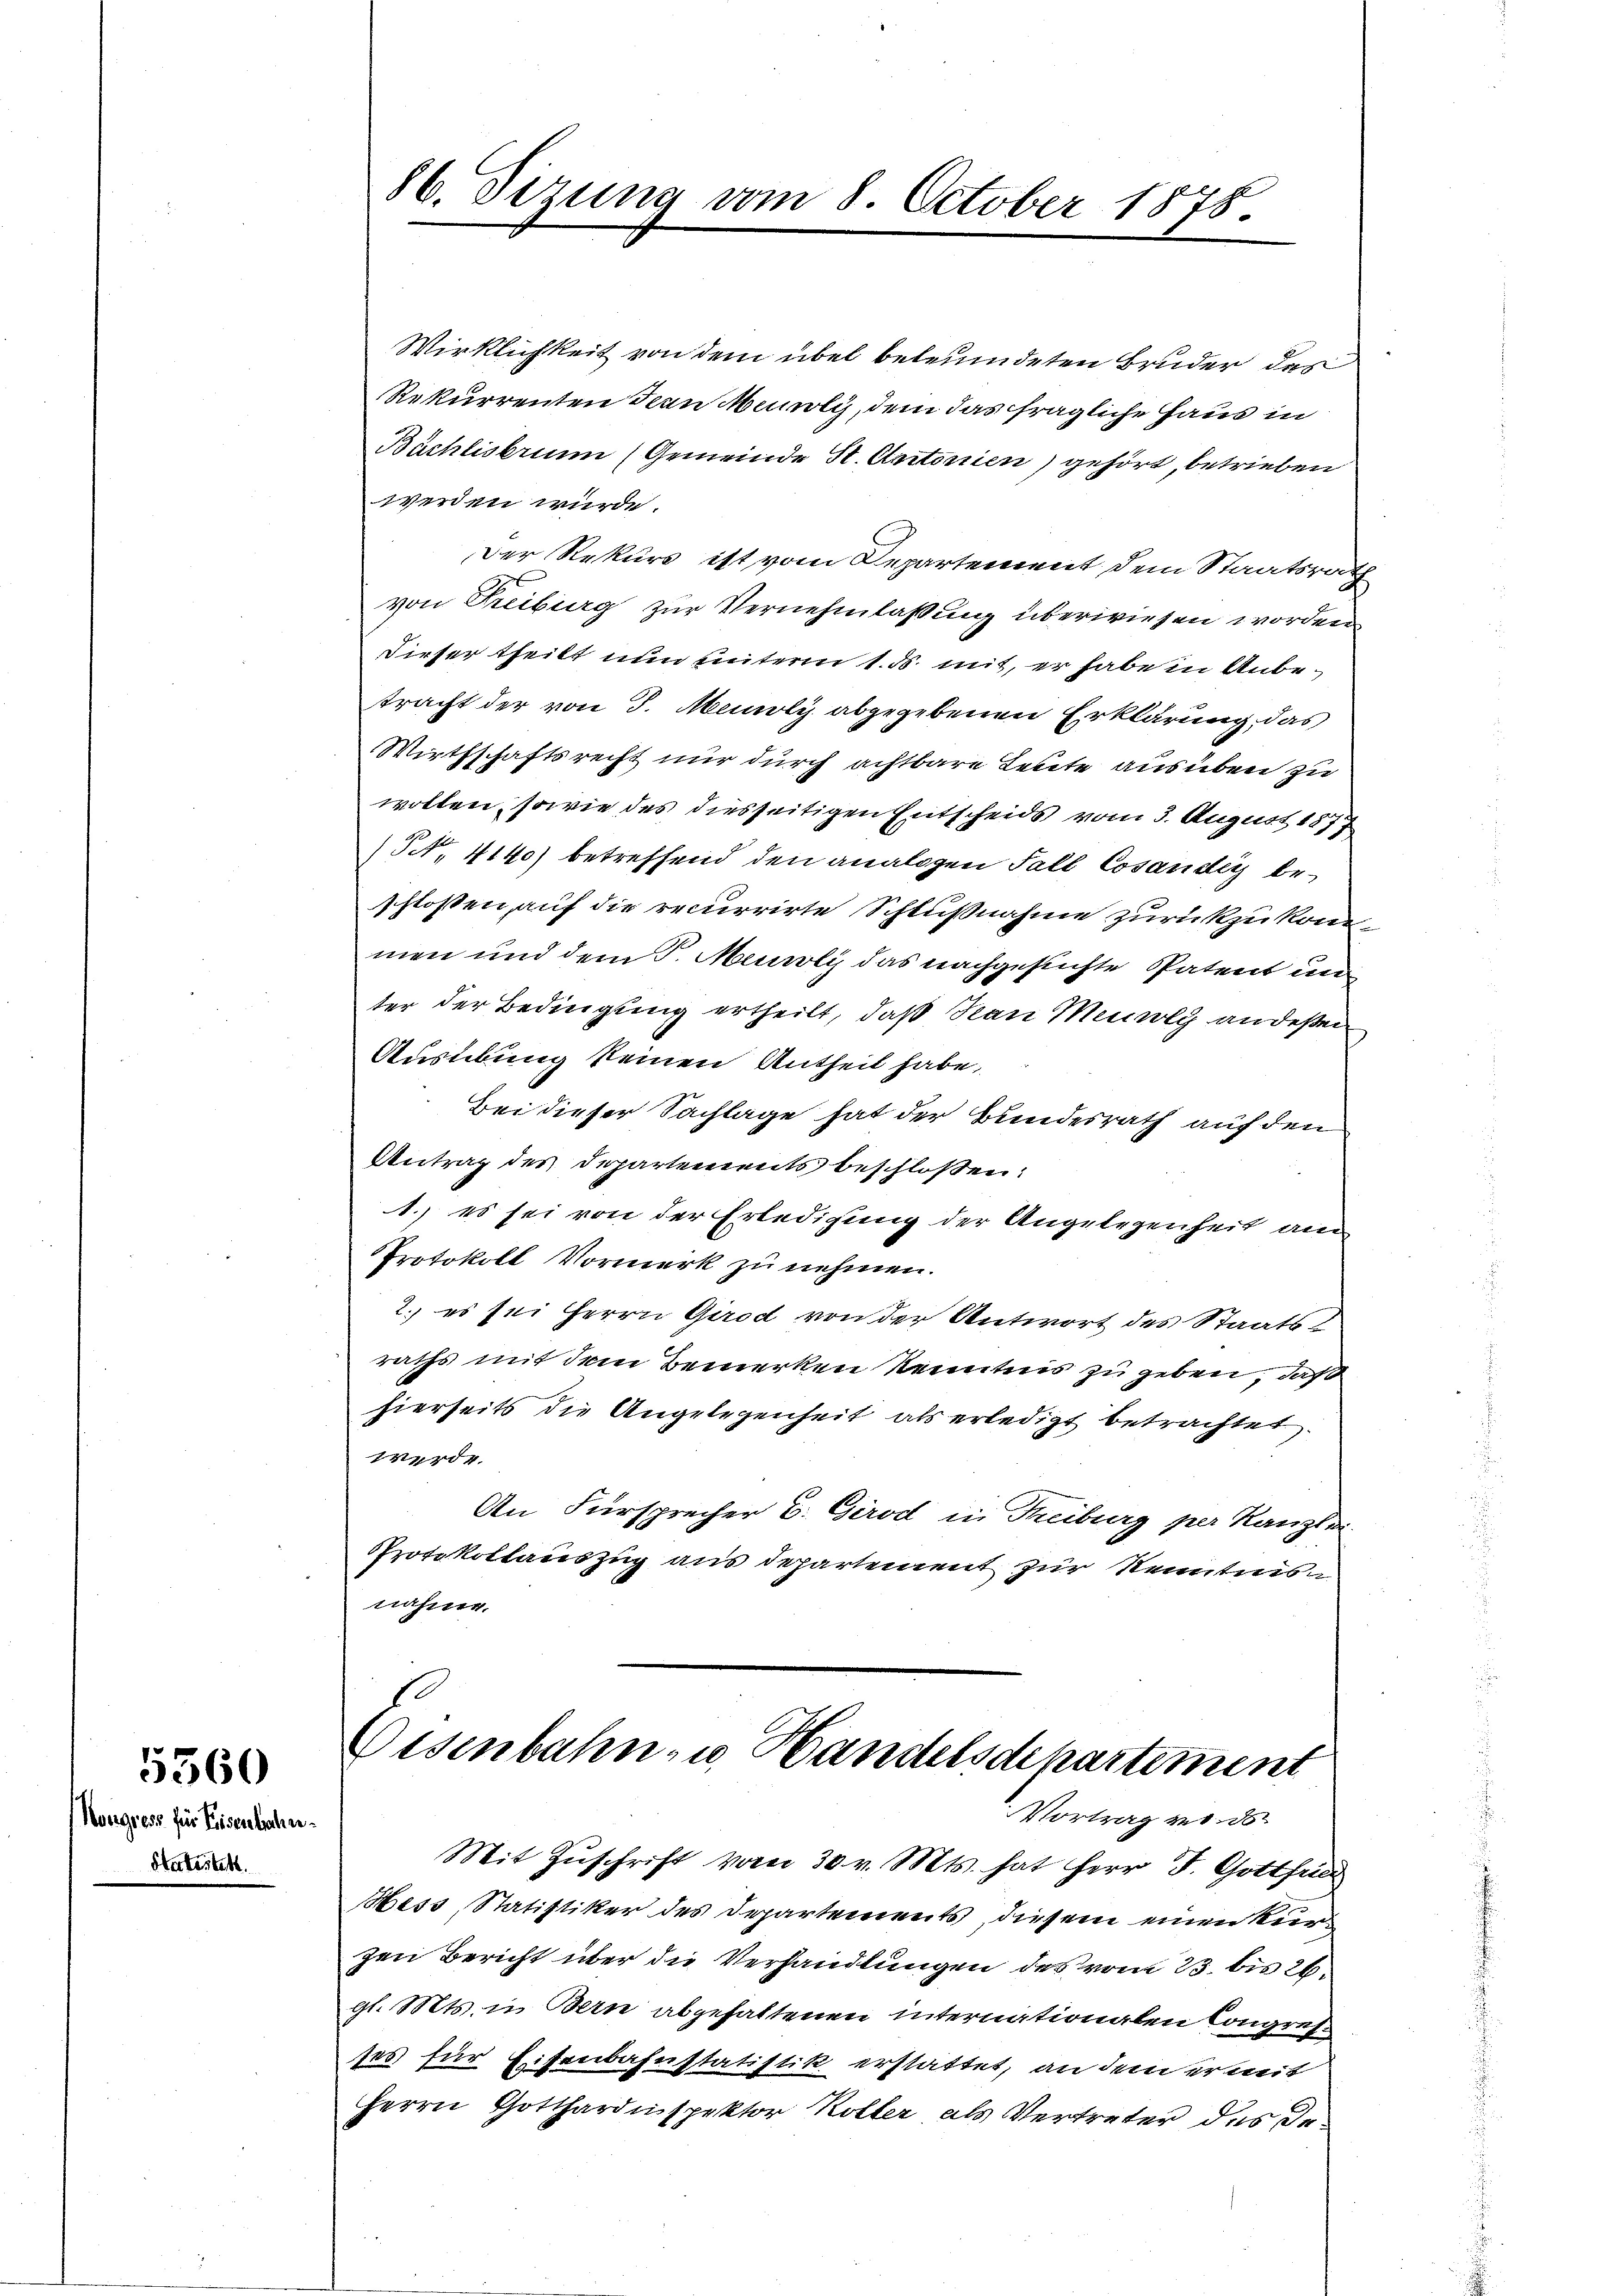
Kongress für Eisentrahen
Statistet.

5560

Wirklichkeit von dem übel beleumdeten Bruder des
Rekurrenten den Munoly, dem das fragliche Haus in
Büchlisbrunn (Gemeinde St. Antonien) gehört, betrieben
werden wurde.
Der Rekurs ist vom Departement dem Staatsrath
von Treiburg zur Vernehmlassung überwiesen worden
Dieser theilt nun unterm 1. ds. mit, er habe in Anbetracht der von J. Meioly abgegebenen Erklärung, das
Wirthschaftsrecht nur durch achtbare Leute ausüben zu
wollen, sowie des diesseitigen Entscheids vom 3. August 1877
(S. 4140) betreffend den analogen Fall Cosändig beschlossen, auf die recurrirte Schlußnahme zurückzukommen und dem J. Meuroti das nachgesuchte Patent un
ter der Bedingung ertheilt, daß San Menolg an deßen
Ausübung keinen Antheil habe,
Bei dieser Sachlage hat der Bundesrath auf den
Antrag des Departements beschlossen:
1. es sei von der Erledigung der Angelegenheit am
Protokoll Vormerk zu nehmen.
2.) es sei Herrn Girod von der Antwort des Staats
raths mit dem Bemerken Kenntnis zu geben, daß
hierseits die Angelegenheit als erledigt betrachtet.
werde.
An Fürsprecher B. Girod in Freiburg per Kanzle
Protokollauszug aus departement zur Kenntnis
nahme.
Eisenbahn- u. Handelsdepartement
Vortrag von de
Mit Zŭschrift vom 30. v. Mts. hat Herr J. Gottfried
Hess, Statistiker des Departements, diesem einen Kurgen Bericht über die Verhandlungen des vom 23. bis 26.
gl. Mts. in Bern abgehaltenen internationalen Congres
ses für Eisenbahnstatistik erstattet, an dem ermit
Herrn Gotthardispektor Koller als Vertreter des De¬

86. Sizung vom 8. October 1878.